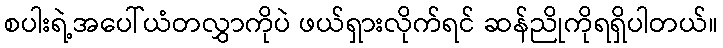
စပါးရဲ့အပေါ်ယံတလွှာကိုပဲ ဖယ်ရှားလိုက်ရင် ဆန်ညိုကိုရရှိပါတယ်။